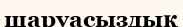
шаруасыздық